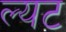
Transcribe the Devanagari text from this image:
ल्यट